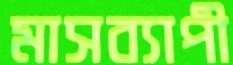
মাসব্যাপী